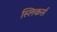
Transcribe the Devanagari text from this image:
स्लिकर्स